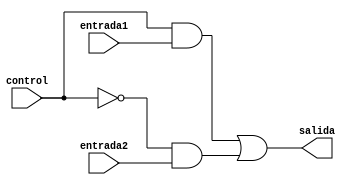
module S1L3(entrada1,entrada2, control, salida);
	
	input entrada1;
	input entrada2;
	input control;
	output  salida;
	
	assign salida = (control&entrada1)|(~control&entrada2);
	

endmodule